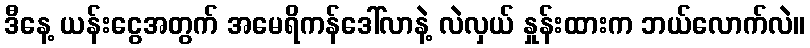
ဒီနေ့ ယန်းငွေအတွက် အမေရိကန်ဒေါ်လာနဲ့ လဲလှယ် နှုန်းထားက ဘယ်လောက်လဲ။